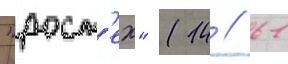
"рост'ех" (14 / 61